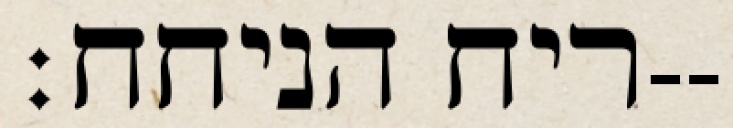
ריח הניחח׃--